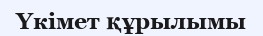
Үкімет құрылымы